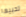
تحبيها